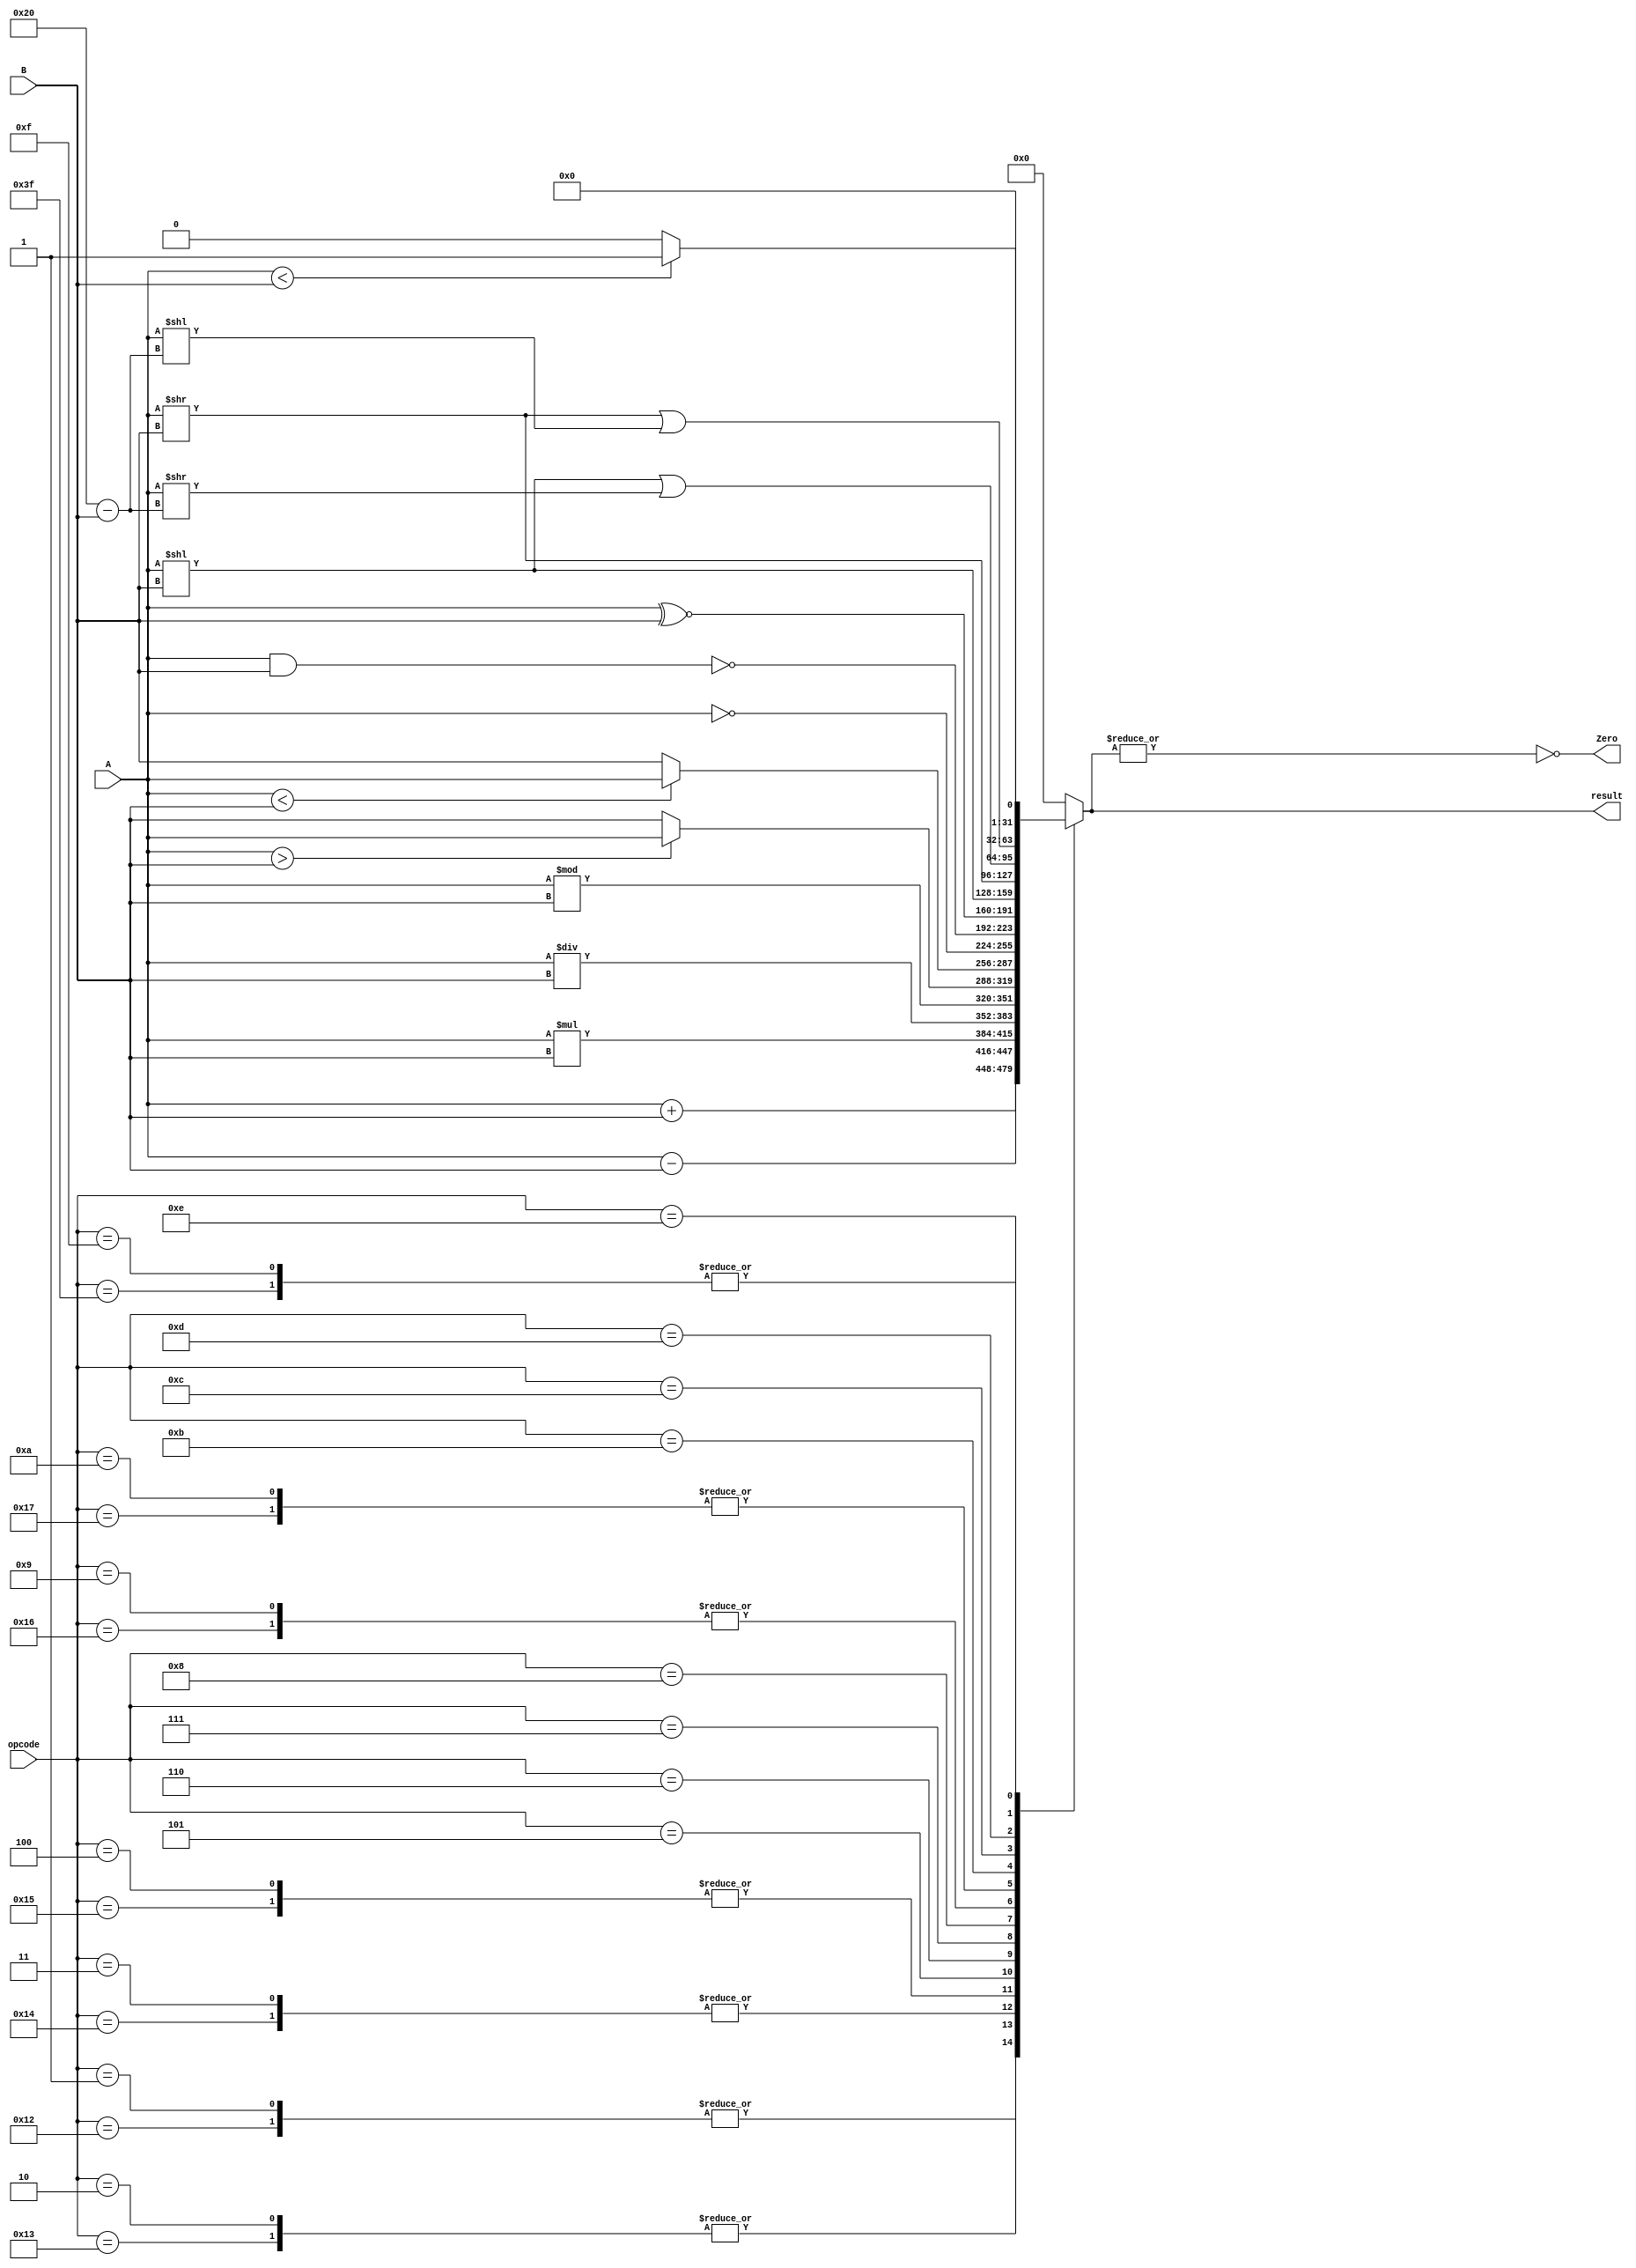
//YA ROGHAY-YEH

module ALU (A, B, opcode, result, Zero);
    input signed [31:0] A;
    input signed [31:0] B;
    input [5:0] opcode;
    output reg [31:0] result;
    output wire Zero;

	always@(*)	begin
		case (opcode)
			1, 18:  result = A + B;
			2, 19:  result = A - B;
			3, 20:  result = A * B;
			4, 21:  result = A / B;
			5:  result = A % B;
			6:  result = (A > B) ? A : B;
			7:  result = (A < B) ? A : B;
			8:  result = ~A;
			9, 22:  result = ~(A & B);
			10, 23:  result = A ~^ B;
			11:  result = A << B;
			12:  result = A >> B;
			13:  result = (A << B) | (A >> 32 - B);
			14:  result = (A >> B) | (A << 32 - B);
			15, 63:  result = ($unsigned(A) < $unsigned(B)) ? 1 : 0;
			default:  result = 0;
		endcase
	end
	
	assign Zero = ~(|result);

endmodule